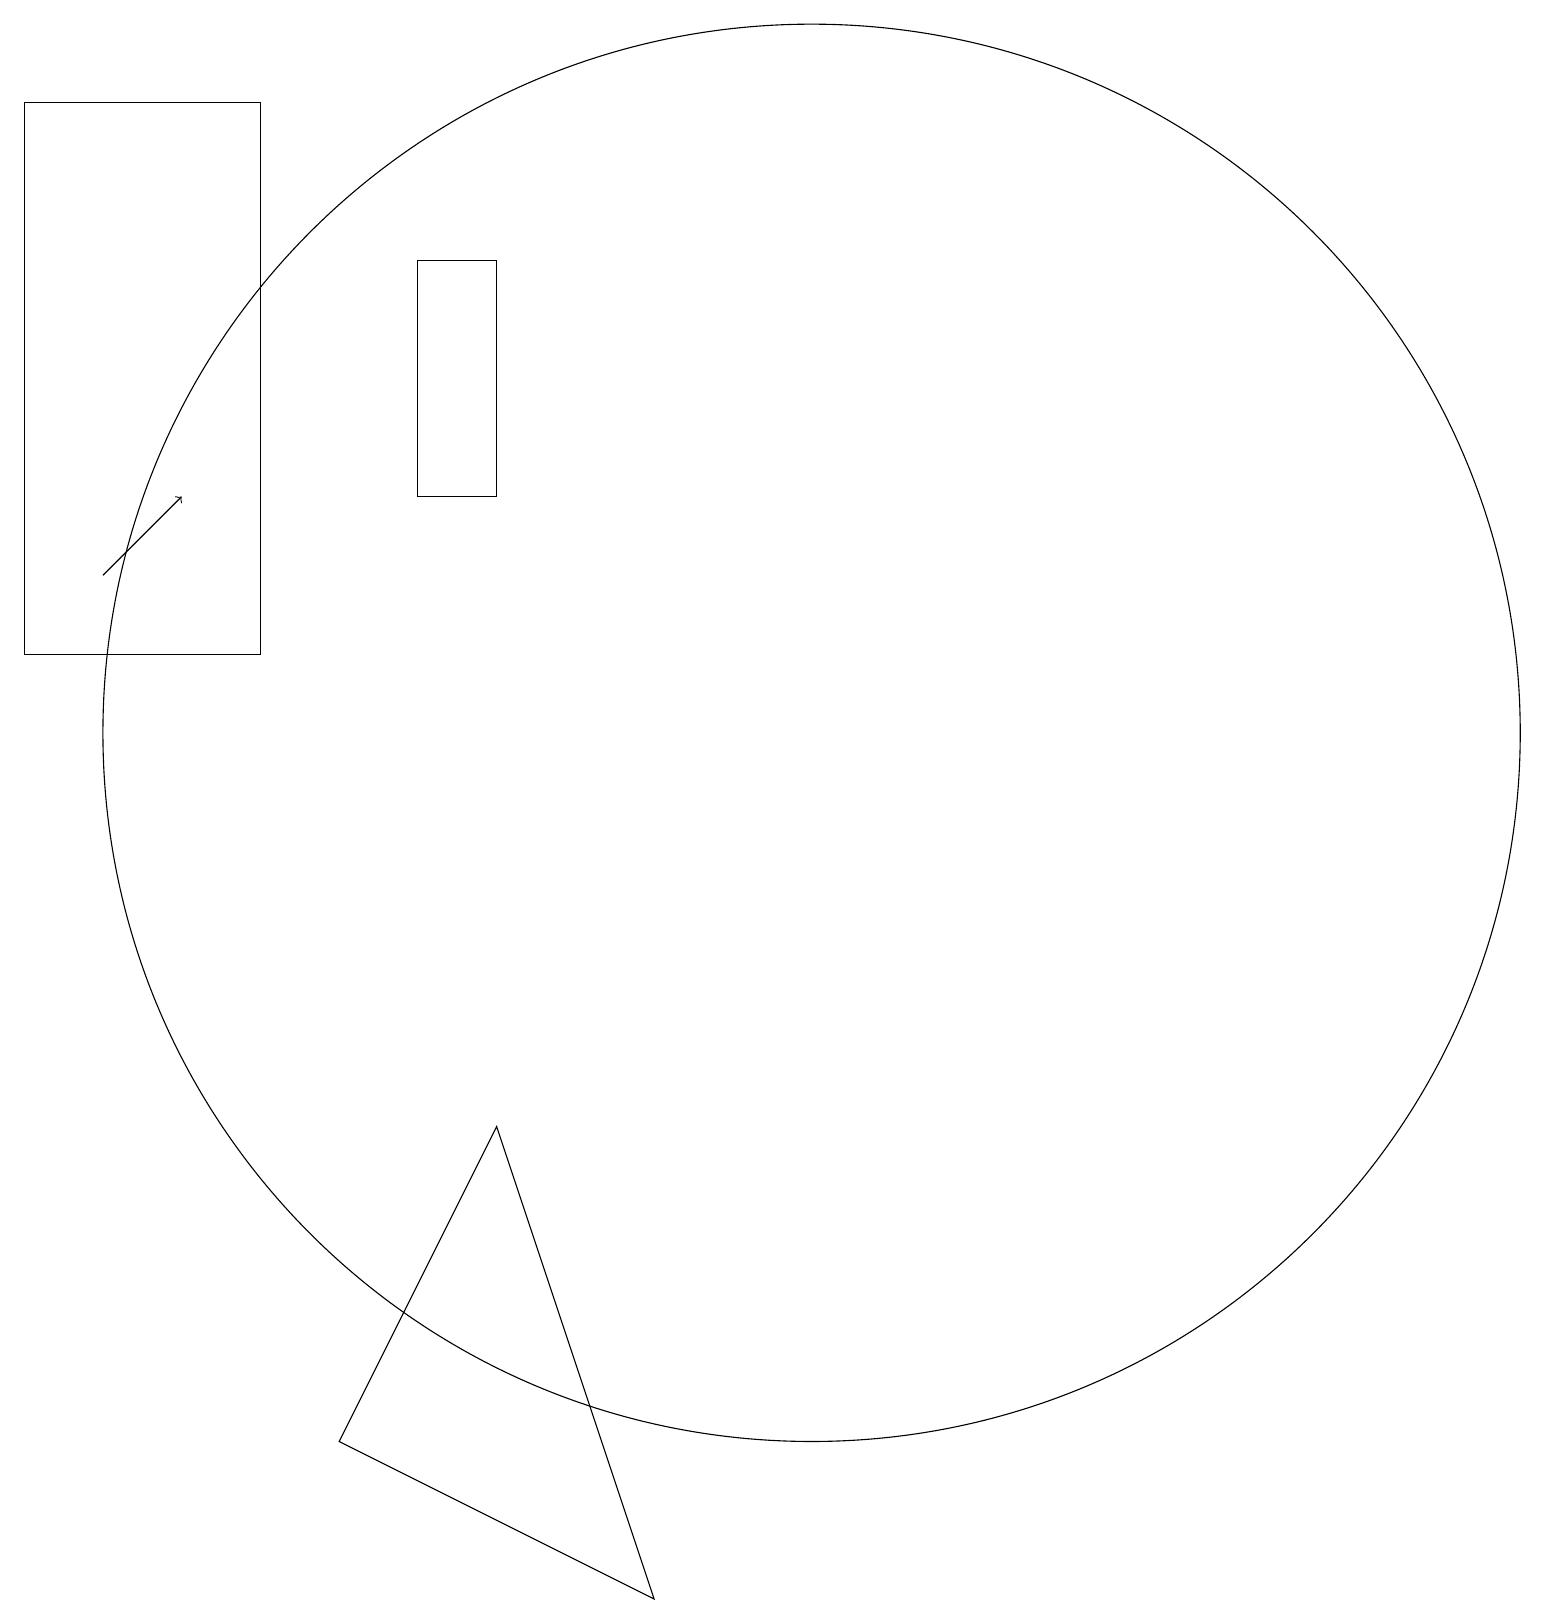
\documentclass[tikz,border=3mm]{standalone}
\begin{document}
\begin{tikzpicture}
\draw (10,11) circle (9);
\draw[->] (1,13) -- (2,14);
\draw (3,12) rectangle (0,19);
\draw (12,10) circle (0);
\draw (6,17) rectangle (5,14);
\draw (4,2) -- (6,6) -- (8,0) -- cycle;
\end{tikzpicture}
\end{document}